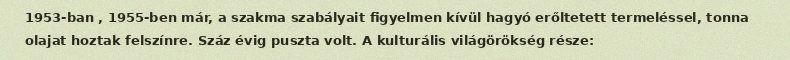
1953-ban , 1955-ben már, a szakma szabályait figyelmen kívül hagyó erőltetett termeléssel, tonna olajat hoztak felszínre. Száz évig puszta volt. A kulturális világörökség része: